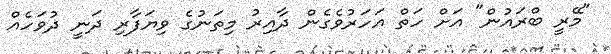
"މޭރީ ބްރައުން" އަށް ހަތް އަހަރުވެގެން ދާއިރު މިތަނުގެ ވިޔަފާރި ދަނީ ދުވަހެއް